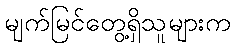
မျက်မြင်တွေ့ရှိသူများက